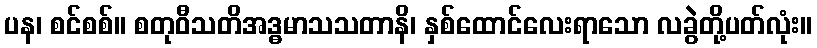
ပန၊ စင်စစ်။ စတုဝီသတိအဒ္ဓမာသသတာနိ၊ နှစ်ထောင်လေးရာသော လခွဲတို့ပတ်လုံး။